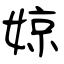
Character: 婛